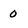
Character: O